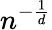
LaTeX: n^{-\frac{1}{d}}